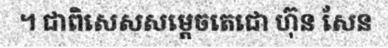
។ ជាពិសេសសម្តេចតេជោ ហ៊ុន សែន